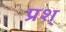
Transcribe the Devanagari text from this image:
प्रश्